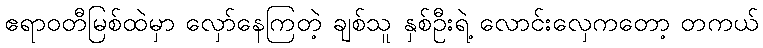
ဧရာဝတီမြစ်ထဲမှာ လှော်နေကြတဲ့ ချစ်သူ နှစ်ဦးရဲ့ လောင်းလှေကတော့ တကယ်